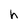
Character: h